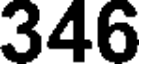
346